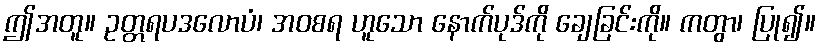
ဤအတူ။ ဥတ္တရပဒလောပံ၊ အဝစရ ဟူသော နောက်ပုဒ်ကို ချေခြင်းကို။ ကတွာ၊ ပြု၍။